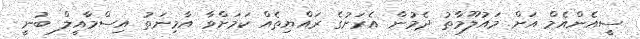
ސީއެންއެމް އަށް މައުލޫމާތު ދެމުން އެރަށުގެ ރައްޔިތެއް ކަމަށްވާ އާމިނަތު އިސްމާއީލް ބުނީ